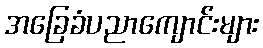
အခြေခံပညာကျောင်းများ